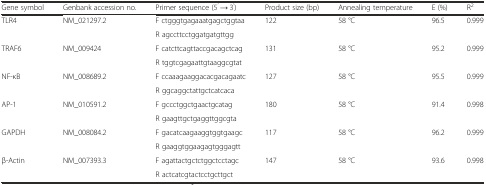
<table><thead><tr><td><b>Gene symbol</b></td><td><b>Genbank accession no.</b></td><td><b>Primer sequence (5<sup>’</sup> → 3<sup>’</sup>)</b></td><td><b>Product size (bp)</b></td><td><b>Annealing temperature</b></td><td><b>E (%)</b></td><td><b>R<sup>2</sup></b></td></tr></thead><tbody><tr><td rowspan="2">TLR4</td><td rowspan="2">NM_021297.2</td><td>F ctgggtgagaaatgagctggtaa</td><td rowspan="2">122</td><td rowspan="2">58 °C</td><td rowspan="2">96.5</td><td rowspan="2">0.999</td></tr><tr><td>R agccttcctggatgatgttgg</td></tr><tr><td rowspan="2">TRAF6</td><td rowspan="2">NM_009424</td><td>F catcttcagttaccgacagctcag</td><td rowspan="2">131</td><td rowspan="2">58 °C</td><td rowspan="2">95.2</td><td rowspan="2">0.999</td></tr><tr><td>R tggtcgagaattgtaaggcgtat</td></tr><tr><td rowspan="2">NF-κB</td><td rowspan="2">NM_008689.2</td><td>F ccaaagaaggacacgacagaatc</td><td rowspan="2">127</td><td rowspan="2">58 °C</td><td rowspan="2">95.5</td><td rowspan="2">0.999</td></tr><tr><td>R ggcaggctattgctcatcaca</td></tr><tr><td rowspan="2">AP-1</td><td rowspan="2">NM_010591.2</td><td>F gccctggctgaactgcatag</td><td rowspan="2">180</td><td rowspan="2">58 °C</td><td rowspan="2">91.4</td><td rowspan="2">0.998</td></tr><tr><td>R gaagttgctgaggttggcgta</td></tr><tr><td rowspan="2">GAPDH</td><td rowspan="2">NM_008084.2</td><td>F gacatcaagaaggtggtgaagc</td><td rowspan="2">117</td><td rowspan="2">58 °C</td><td rowspan="2">96.2</td><td rowspan="2">0.999</td></tr><tr><td>R gaaggtggaagagtgggagtt</td></tr><tr><td rowspan="2">β-Actin</td><td rowspan="2">NM_007393.3</td><td>F agattactgctctggctcctagc</td><td rowspan="2">147</td><td rowspan="2">58 °C</td><td rowspan="2">93.6</td><td rowspan="2">0.998</td></tr><tr><td>R actcatcgtactcctgcttgct</td></tr></tbody></table>